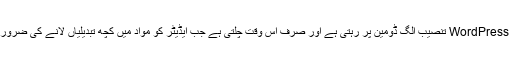
آپ کا اصلی WordPress تنصیب الگ ڈومین پر رہتی ہے اور صرف اس وقت چلتی ہے جب ایڈیٹر کو مواد میں کچھ تبدیلیاں لانے کی ضرورت ہوتی ہے۔